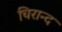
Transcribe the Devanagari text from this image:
चिरान्द